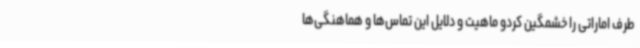
طرف اماراتی را خشمگین کردو ماهیت و دلایل این تماس‌ها و هماهنگی‌ها